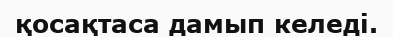
қосақтаса дамып келеді.